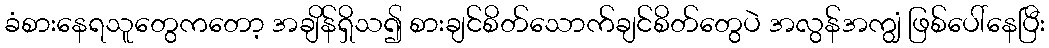
ခံစားနေရသူတွေကတော့ အချိန်ရှိသ၍ စားချင်စိတ်သောက်ချင်စိတ်တွေပဲ အလွန်အကျွံ ဖြစ်ပေါ်နေပြီး